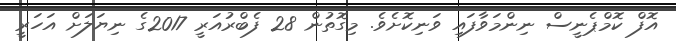
އޮފް ކޮމްޕެނީސް ނިންމަވާފައި ވަނިކޮށެވެ. މިގޮތުން 28 ފެބްރުއަރީ 2017ގެ ނިޔަލަށް އަހަރީ